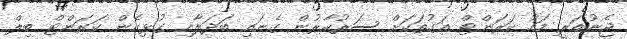
ޖެނުއަރީ މަހު ކަރަންޓް އަގުތަކަށް ސަރުކާރުން ގެނައި ބަދަލާއި ގުޅިގެން ކަރަންޓް ބިލް